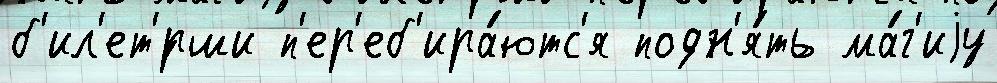
б'ил'ет'́рши п'ер'еб'ира́ютс'я подн'я́ть ма́г'иjу